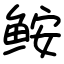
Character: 𩽾